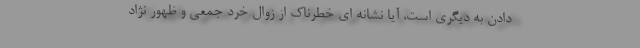
دادن به دیگری است، آیا نشانه ای خطرناک از زوال خرد جمعی و ظهور نژاد